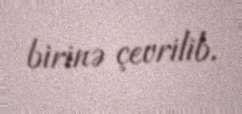
birinə çevrilib.